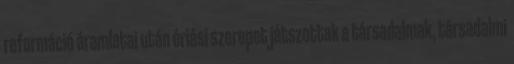
reformáció áramlatai után óriási szerepet játszottak a társadalmak, társadalmi